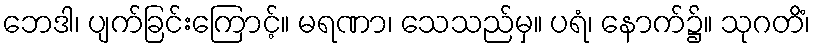
ဘေဒါ၊ ပျက်ခြင်းကြောင့်။ မရဏာ၊ သေသည်မှ။ ပရံ၊ နောက်၌။ သုဂတိံ၊